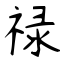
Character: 禄